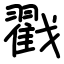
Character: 戳